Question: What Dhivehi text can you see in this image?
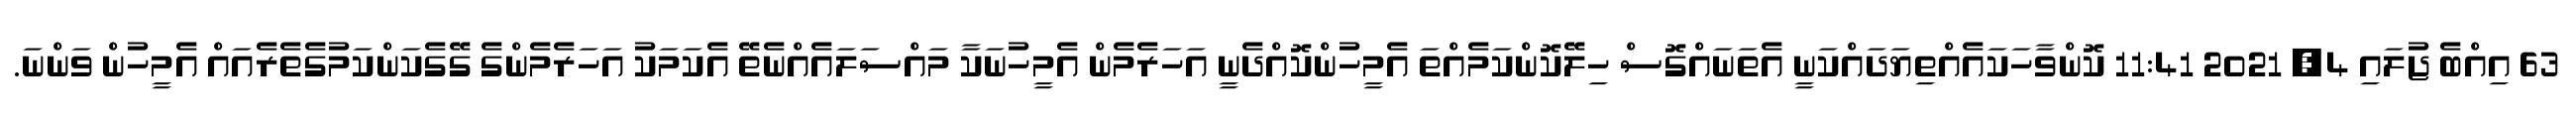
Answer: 63 އިއްބެ ޖުލައި 4, 2021 11:41 ކޮންވާހަކައެއްތިޔަދައްކަނީ އެތަނައްގޮސް ހިލޭކޮންކަމެއްތަ އެމީހުންކޮއްދެނީ އަހަރެމެން އެމީހުނަކާ މައްސަލައެއްނެތޭ އެކަމަކު އަހަރެމެންގެ ގޭގެކަންކަމުގެތެރެއައް އެމީހުން ވަންނަ.